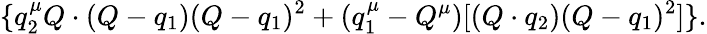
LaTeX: \{ q_{2}^{\mu}Q\cdot(Q-q_{1})(Q-q_{1})^{2}+(q_{1}^{\mu}-Q^{\mu})[(Q\cdot q_{2})(Q-q_{1})^{2}]\} .